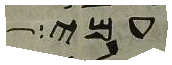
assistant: עמי